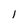
Character: l